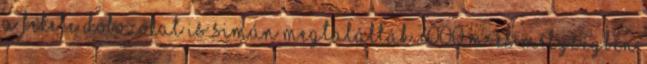
a fekete dobozokat is simán megtalálták 3000 m-es mélységben